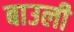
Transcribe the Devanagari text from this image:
बाउली